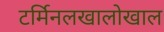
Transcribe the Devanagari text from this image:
टर्मिनलखालोखाल